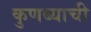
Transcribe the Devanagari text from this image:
कुणब्याची